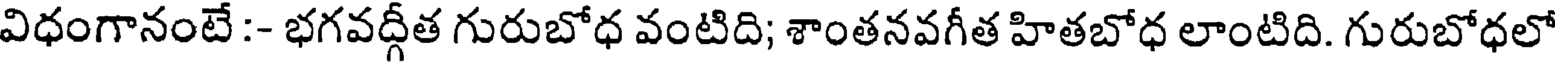
విధంగానంటే :- భగవద్గీత గురుబోధ వంటిది; శాంతనవగీత హితబోధ లాంటిది. గురుబోధలో